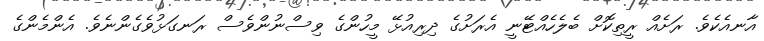
އާނއެކެވެ. ރަށެއް ރީތިކޮށް ބެލެހެއްޓޭނީ އެރަށުގެ ދިރިއުޅޭ މީހުންގެ ވިސްނުންވެސް ރަނގަޅުވެގެންނެވެ. އެންމެންގެ